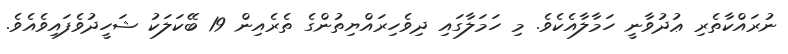
ނުރައްކާތެރި ޢުދުވާނީ ހަމާލާއެކެވެ. މި ހަމަލާގައި ދިވެހިރައްޔިތުންގެ ތެރެއިން 19 ބޭކަލަކު ޝަހީދުވެފައިވެއެވެ.